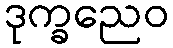
ဒုက္ခညေဝ